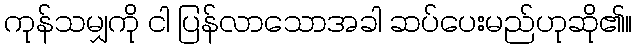
ကုန်သမျှကို ငါ ပြန်လာသောအခါ ဆပ်ပေးမည်ဟုဆို၏။